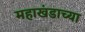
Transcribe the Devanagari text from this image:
महाखंडाच्या